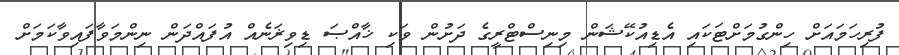
ފުރިހަމައަށް ހިންގުމަށްޓަކައި އެޑިއުކޭޝަން މިނިސްޓްރީގެ ދަށުން ވަކި ޚާއްޞަ ޑިވިޜަނެއް އުފައްދަން ނިންމަވާފައިވާކަމަށް